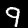
Label: 9